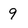
Character: 9